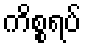
ကိစ္စရပ်